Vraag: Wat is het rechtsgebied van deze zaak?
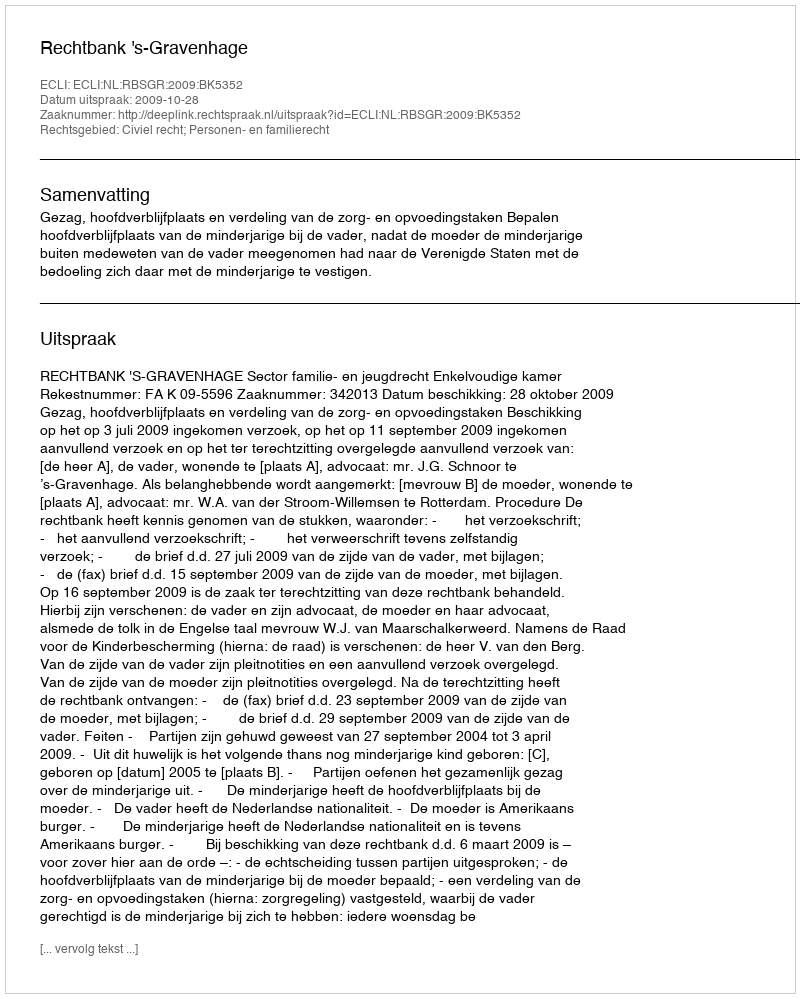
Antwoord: Civiel recht; Personen- en familierecht